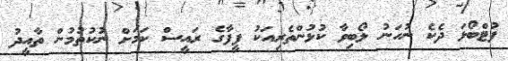
ފުޓްބޯޅަ ދެކެ ނުހަނު ލޯބިވާ ކުޅުންތެރިއަކު ފީފާގެ ރައީސް ކަމަށް ނުކުތުމުން ތާއީދު